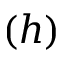
( h )